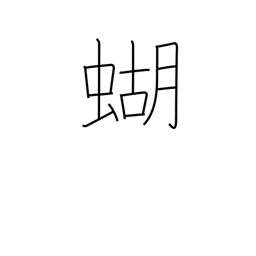
Meaning: butterfly